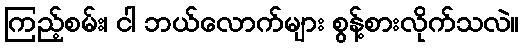
ကြည့်စမ်း၊ ငါ ဘယ်လောက်များ စွန့်စားလိုက်သလဲ။